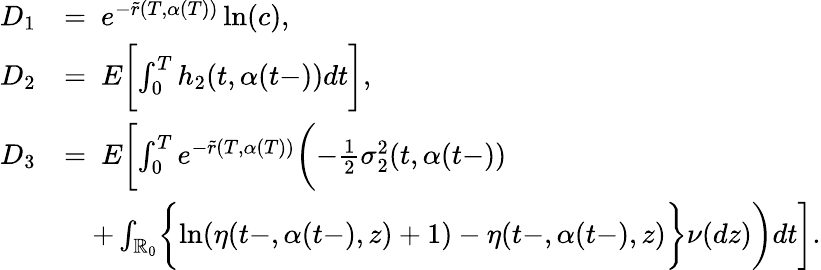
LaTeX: \begin{array}{rl}{D_{1}}&{=\ e^{-\tilde{r}(T,\alpha(T))}\ln(c),}\\ {D_{2}}&{=\ E\biggl[\int_{0}^{T}h_{2}(t,\alpha(t-))dt\biggr],}\\ {D_{3}}&{=\ E\biggl[\int_{0}^{T}e^{-\tilde{r}(T,\alpha(T))}\biggl(-\frac{1}{2}\sigma_{2}^{2}(t,\alpha(t-))}\\ &{\quad+\int_{\mathbb{R}_{0}}\biggl\{ \ln(\eta(t-,\alpha(t-),z)+1)-\eta(t-,\alpha(t-),z)\biggr\} \nu(dz)\biggr)dt\biggr].}\end{array}